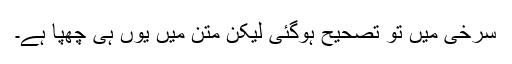
سرخی میں تو تصحیح ہوگئی لیکن متن میں یوں ہی چھپا ہے۔